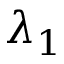
\lambda _ { 1 }